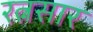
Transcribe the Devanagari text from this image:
रत्नसार